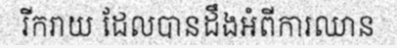
រីករាយ ដែលបានដឹងអំពីការឈាន